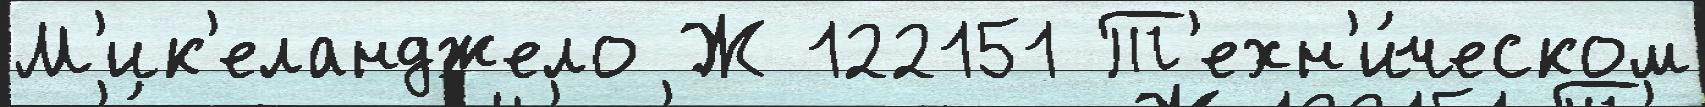
М'ик'еланджело Ж 122151 Т'ехн'и́ческом